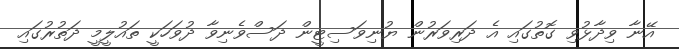
އޭނާ ވިދާޅުވި ގޮތުގައި އެ ދަރިވަރުން ޔުނިވަސިޓީން ދަސްވެނިވާ ދުވަހަކީ ތައުލީމީ ދަތުރުގައި